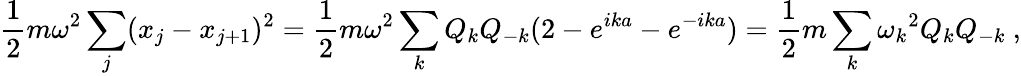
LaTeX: {\frac{1}{2}}m\omega^{2}\sum_{j}(x_{j}-x_{j+1})^{2}={\frac{1}{2}}m\omega^{2}\sum_{k}Q_{k}Q_{-k}(2-e^{ika}-e^{-ika})={\frac{1}{2}}m\sum_{k}{\omega_{k}}^{2}Q_{k}Q_{-k}~,